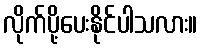
လိုက်ပို့ပေးနိုင်ပါသလား။